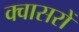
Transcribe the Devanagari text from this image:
क्वासरों